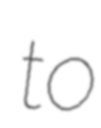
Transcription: to